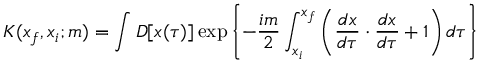
K ( x _ { f } , x _ { i } ; m ) = \int { \cal D } [ x ( \tau ) ] \exp \left\{ - \frac { i m } { 2 } \int _ { x _ { i } } ^ { x _ { f } } \left( \frac { d x } { d \tau } \cdot \frac { d x } { d \tau } + 1 \right) d \tau \right\}